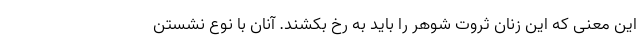
این معنی که این زنان ثروت شوهر را باید به رخ بکشند. آنان با نوع نشستن